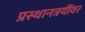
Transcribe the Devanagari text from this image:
प्रस्थानत्रयींवर